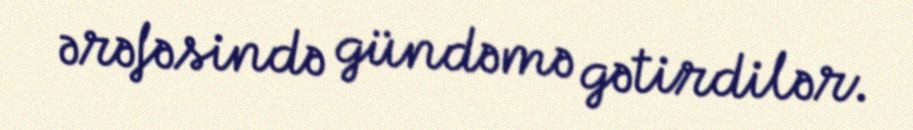
ərəfəsində gündəmə gətirdilər.